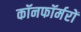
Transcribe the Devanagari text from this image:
कॉनफॉर्मरों